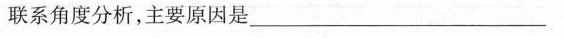
联系角度分析，主要原因是___